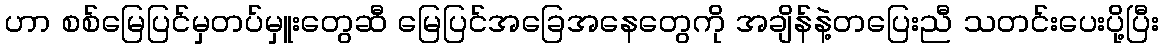
ဟာ စစ်မြေပြင်မှတပ်မှူးတွေဆီ မြေပြင်အခြေအနေတွေကို အချိန်နဲ့တပြေးညီ သတင်းပေးပို့ပြီး